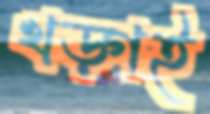
খড়্গই